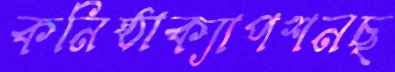
কনিষ্ঠাক্যাপশনছ